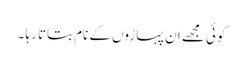
کوئی مجھے ان پہاڑوں کے نام بتاتا رہا ۔